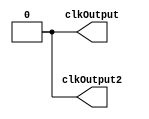
module led_blink3(output reg clkOutput, output reg clkOutput2);
reg [1:0] trigger = 1'b0;
always
begin
	clkOutput = trigger[0];
	clkOutput2 <= trigger[0];
end
endmodule